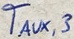
Text: TAUX,3